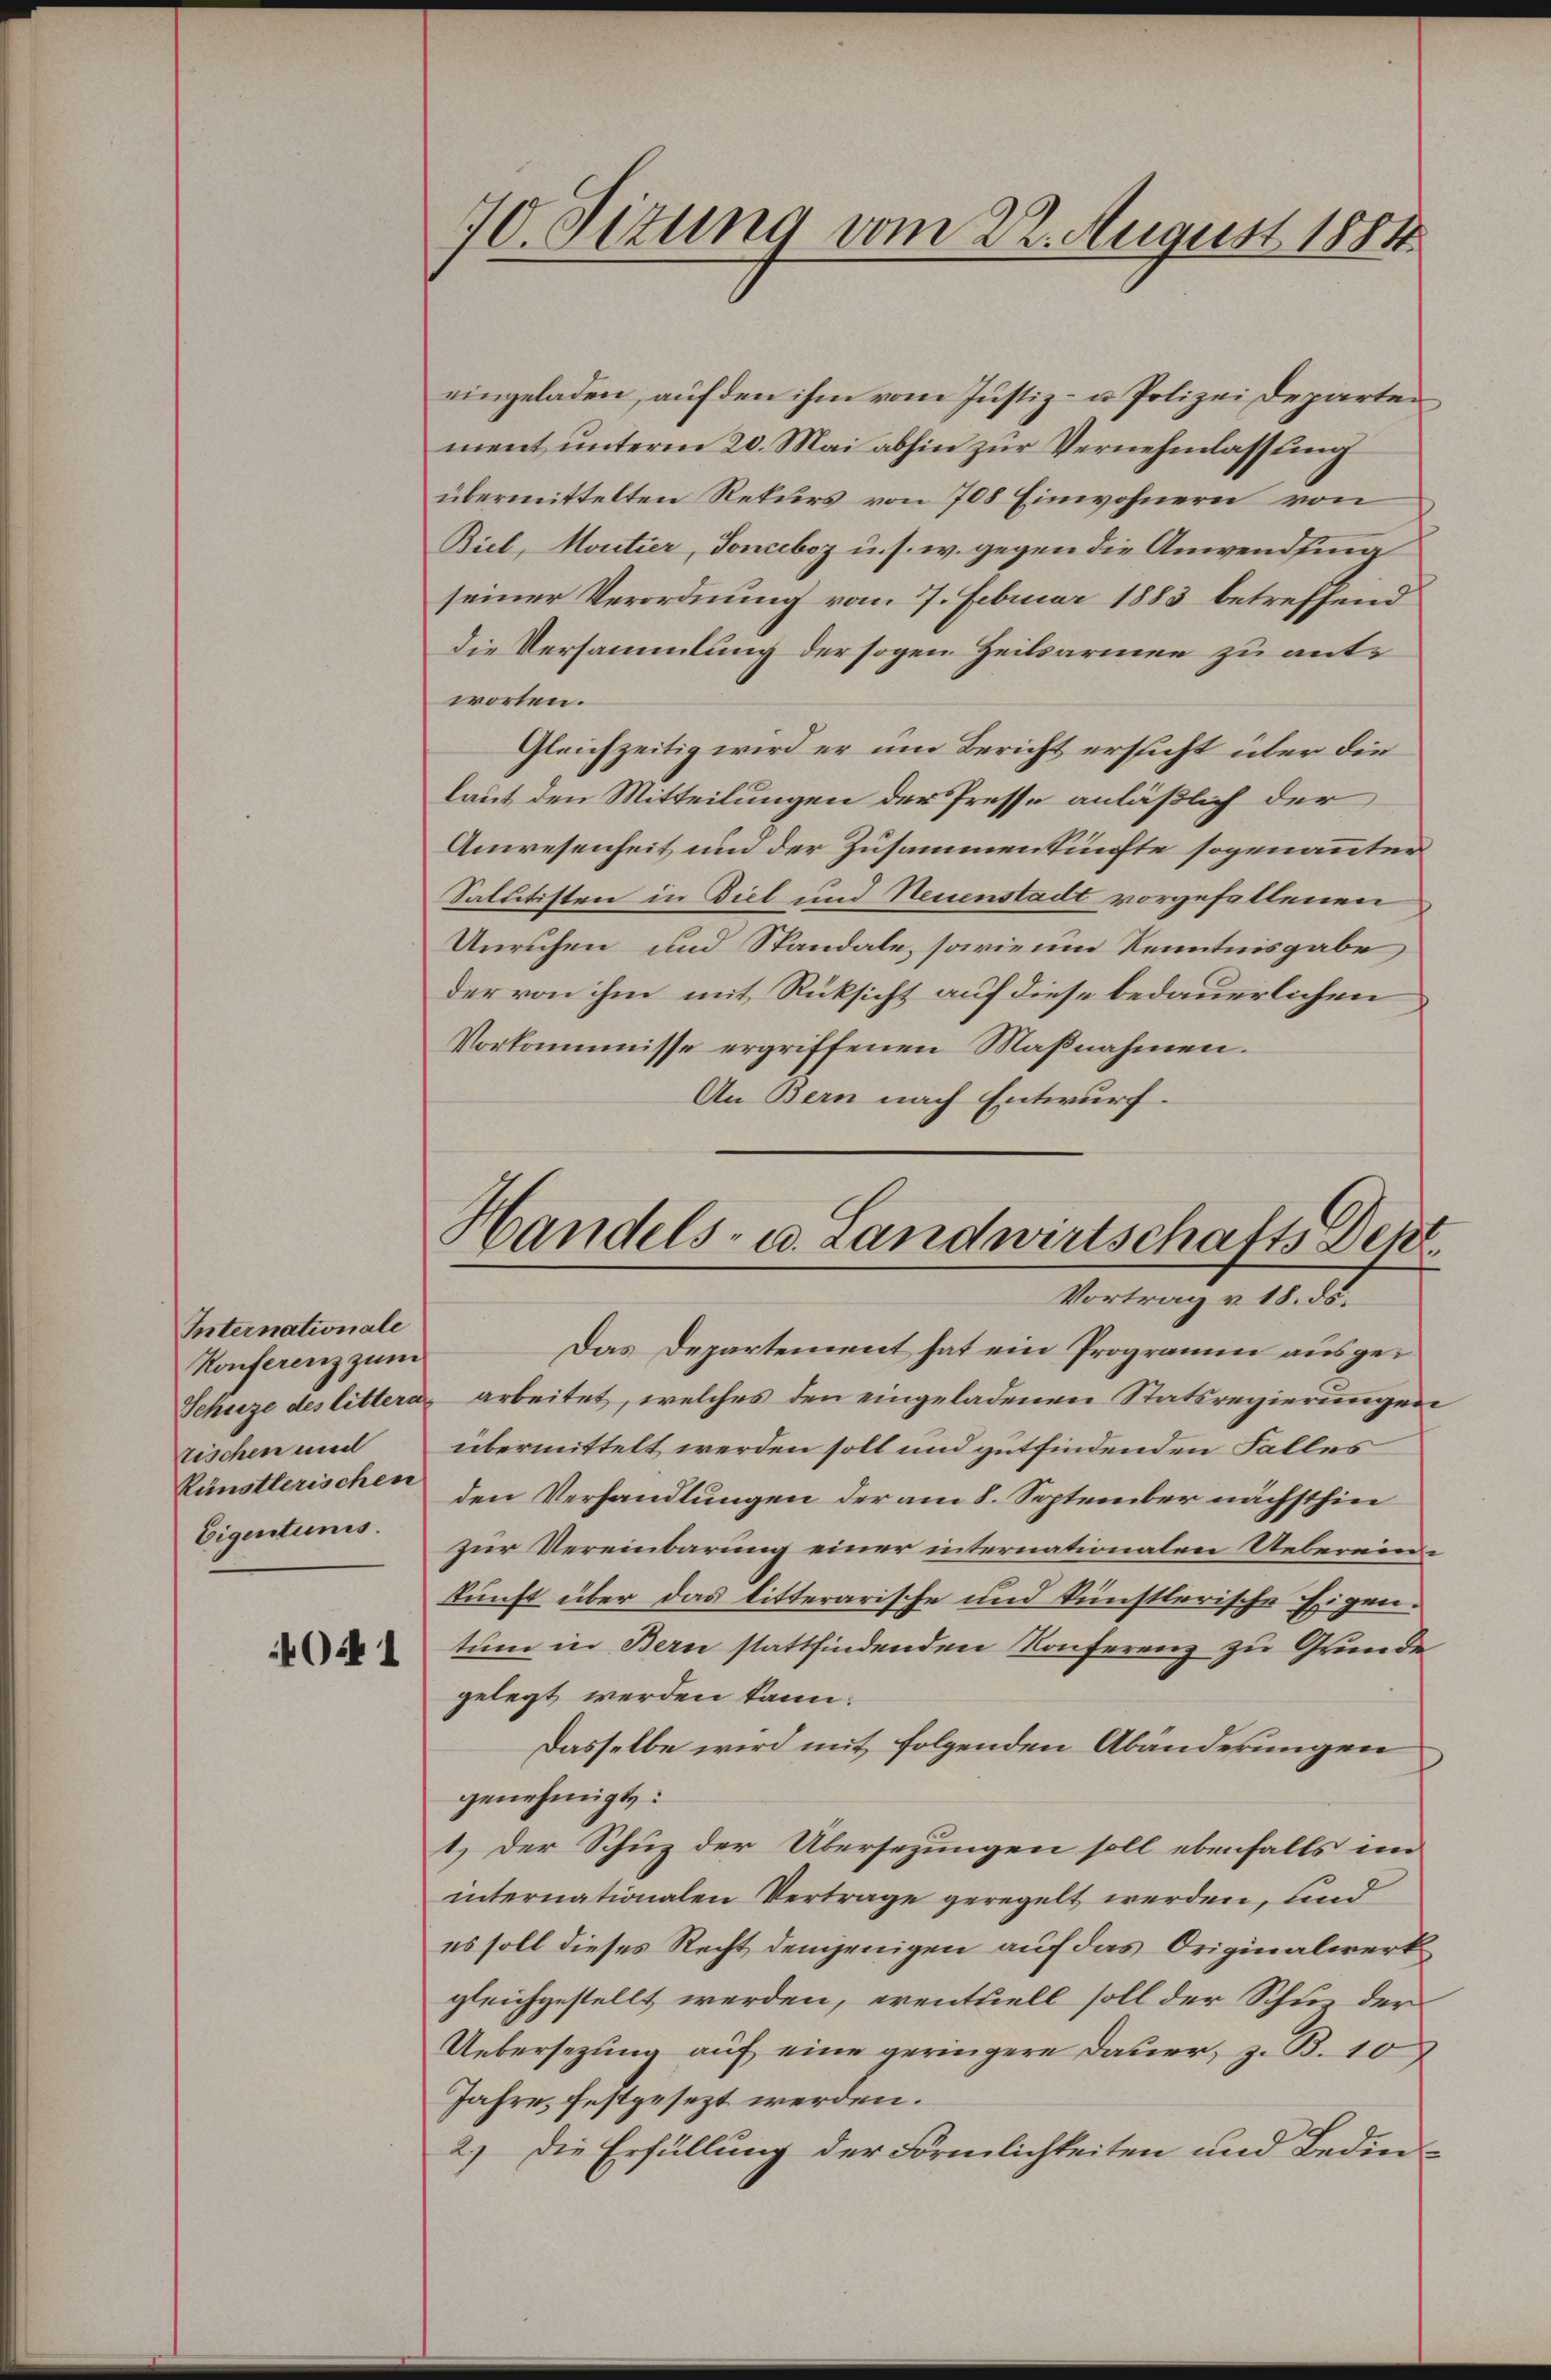
Internationale
Konferenz zum
tischen und
Eigentunis.

4041

70. Sizung vom 22. August 1884.

eingeladen, auf den ihm vom Justiz- u. Polizeideparten
ment unterm 20. Mai abhin zur Vernehmlassung
übermittelten Rekurs von 708 Einwohnern von
Biel, Moutier, Tonceboz u. s. w. gegen die Anwendung
seiner Verordnung vom 7. Februar 1883 betreffend
die Versammlung der sogen Zeilsarmen zu antworten.
Gleichzeitig wird er um Bericht ersicht über die
laut den Mitteilungen der Presse anläßlich der
Anwesenheit und der Zusammenkünfte sogenannter
Salttisten in Biel und Neuenstadt vorgefallenen
Unruhen und Standale, sowie und Kenntnisgabe
der von ihm mit Rücksicht auf diese bedauerlichen
Vorkommnisse ergriffenen Maβnahmen.
An Bern nach Entwurf.

Handels- u. Landwirtschafts Dep
Vortrag v. 18. ds.

Das Departement hat ein Programm ausge¬
Schuze des littera arbeitet, welches den eingeladenen Statsregierungen
übermittelt werden soll und gutfindenden Falles
Künstlerischen den Verhandlungen der am 8. September nächsthin
zur Vereinbarung einer internationalen Ueberein
kunft über das litterarische und künstlerische Eigentum in Bern stattfindenden Konferenz zu Grunde
gelegt werden kann.
Dasselbe wird mit folgenden Abänderungen
genehmigt:
1.) Der Schuz der Übersezungen soll ebenfalls im
internationalen Vertrage geregelt werden, und
es soll dieses Recht demjenigen auf das Originalwerk
gleichgestellt werden, eventuell soll der Schuz der
Uebersezung auf eine geringere Dauer, z. B. 10
Jahre festgesezt werden.
2.) Die Erfüllung der Förmlichkeiten und Bedin-